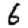
Digit: 6